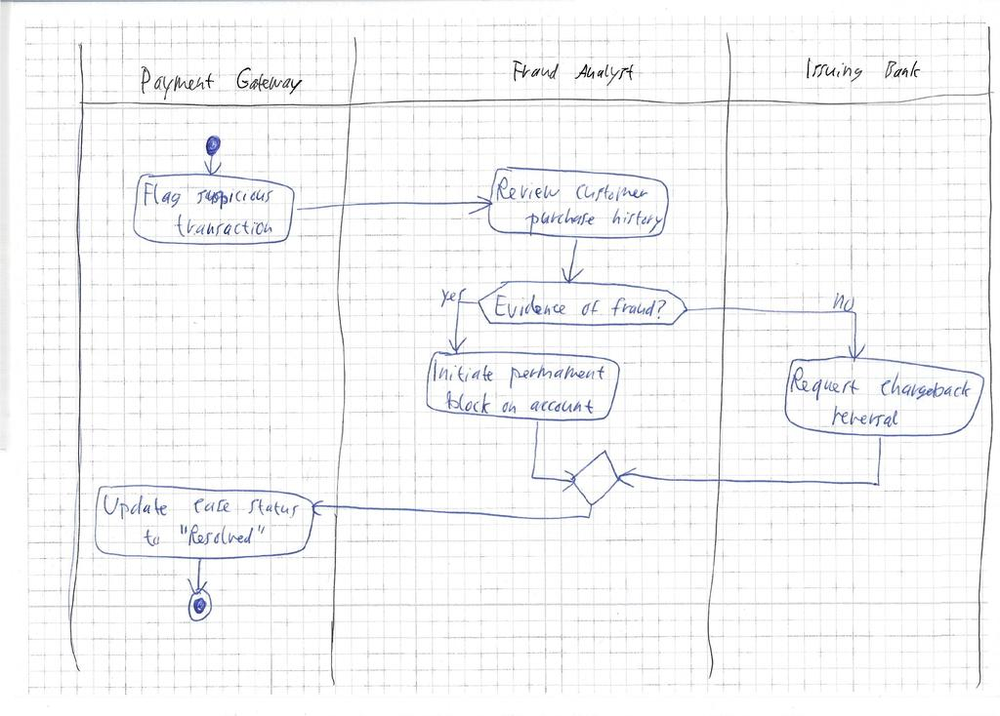
Diagram type: activity_diagram
```plantuml
@startuml

|Payment Gateway|
|Fraud Analyst|
|Issuing Bank|

|Payment Gateway|
start
:Flag suspicious transaction;

|Fraud Analyst|
:Review customer purchase history;

if (Evidence of fraud?) then (yes)
  :Initiate permanent block on account;
else (no)
  |Issuing Bank|
  :Request chargeback reversal;
endif

|Payment Gateway|
:Update case status to "Resolved";

stop

@enduml
```